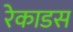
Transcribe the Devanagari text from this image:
रेकाडस